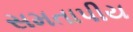
સમતાપીય